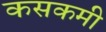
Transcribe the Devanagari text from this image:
कसकमी